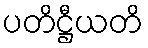
ပတိဋ္ဌီယတိ